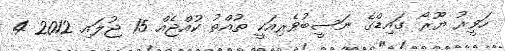
ހަވީރު ޔޫރޯ ގައިޑްގެ ނަސީބުވެރިއަކީ ތުއްތު ކުއްޖެއް 15 ޖުލައި 2012 4